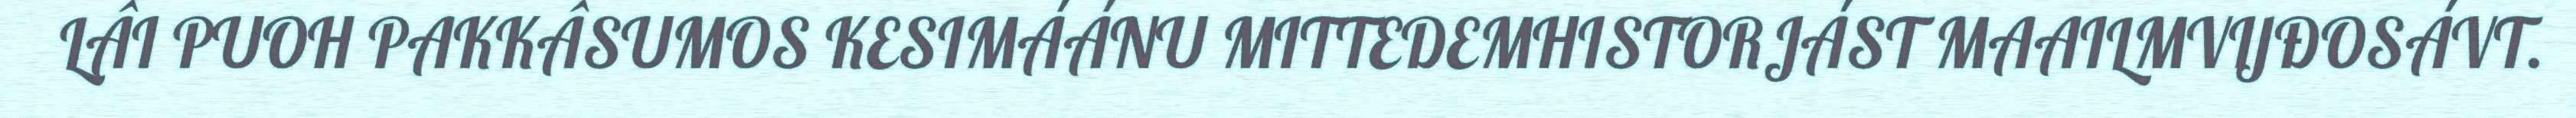
LÂI PUOH PAKKÂSUMOS KESIMÁÁNU MITTEDEMHISTORJÁST MAAILMVIJĐOSÁVT.